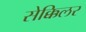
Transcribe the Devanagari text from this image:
सेक्किलर